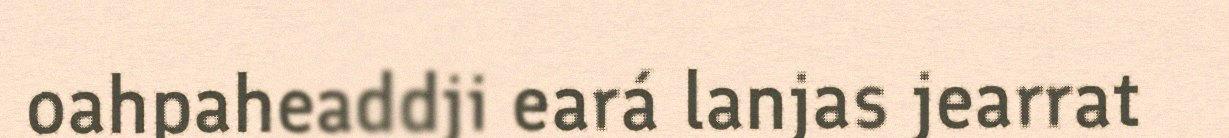
oahpaheaddji eará lanjas jearrat